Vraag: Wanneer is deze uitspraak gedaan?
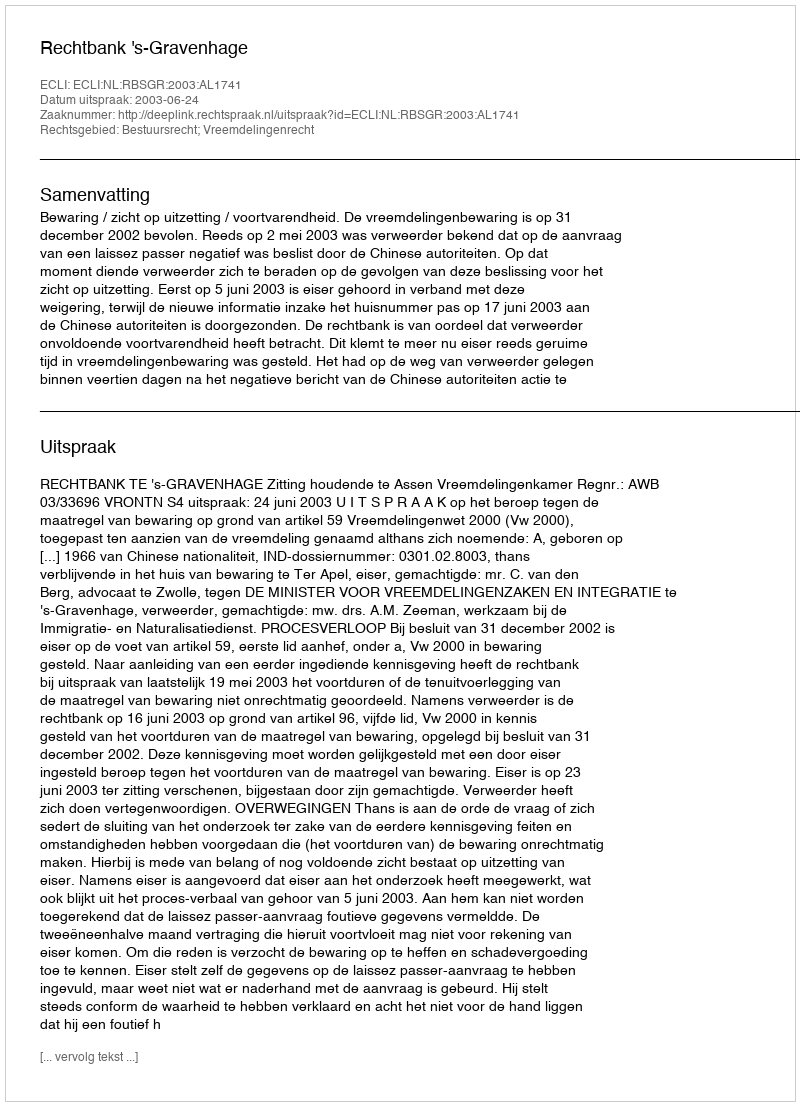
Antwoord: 2003-06-24